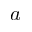
a